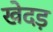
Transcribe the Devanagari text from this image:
खेदड़